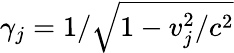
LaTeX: \gamma_{j}=1/\sqrt{1-v_{j}^{2}/c^{2}}